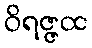
ဝိရဇ္ဇထ